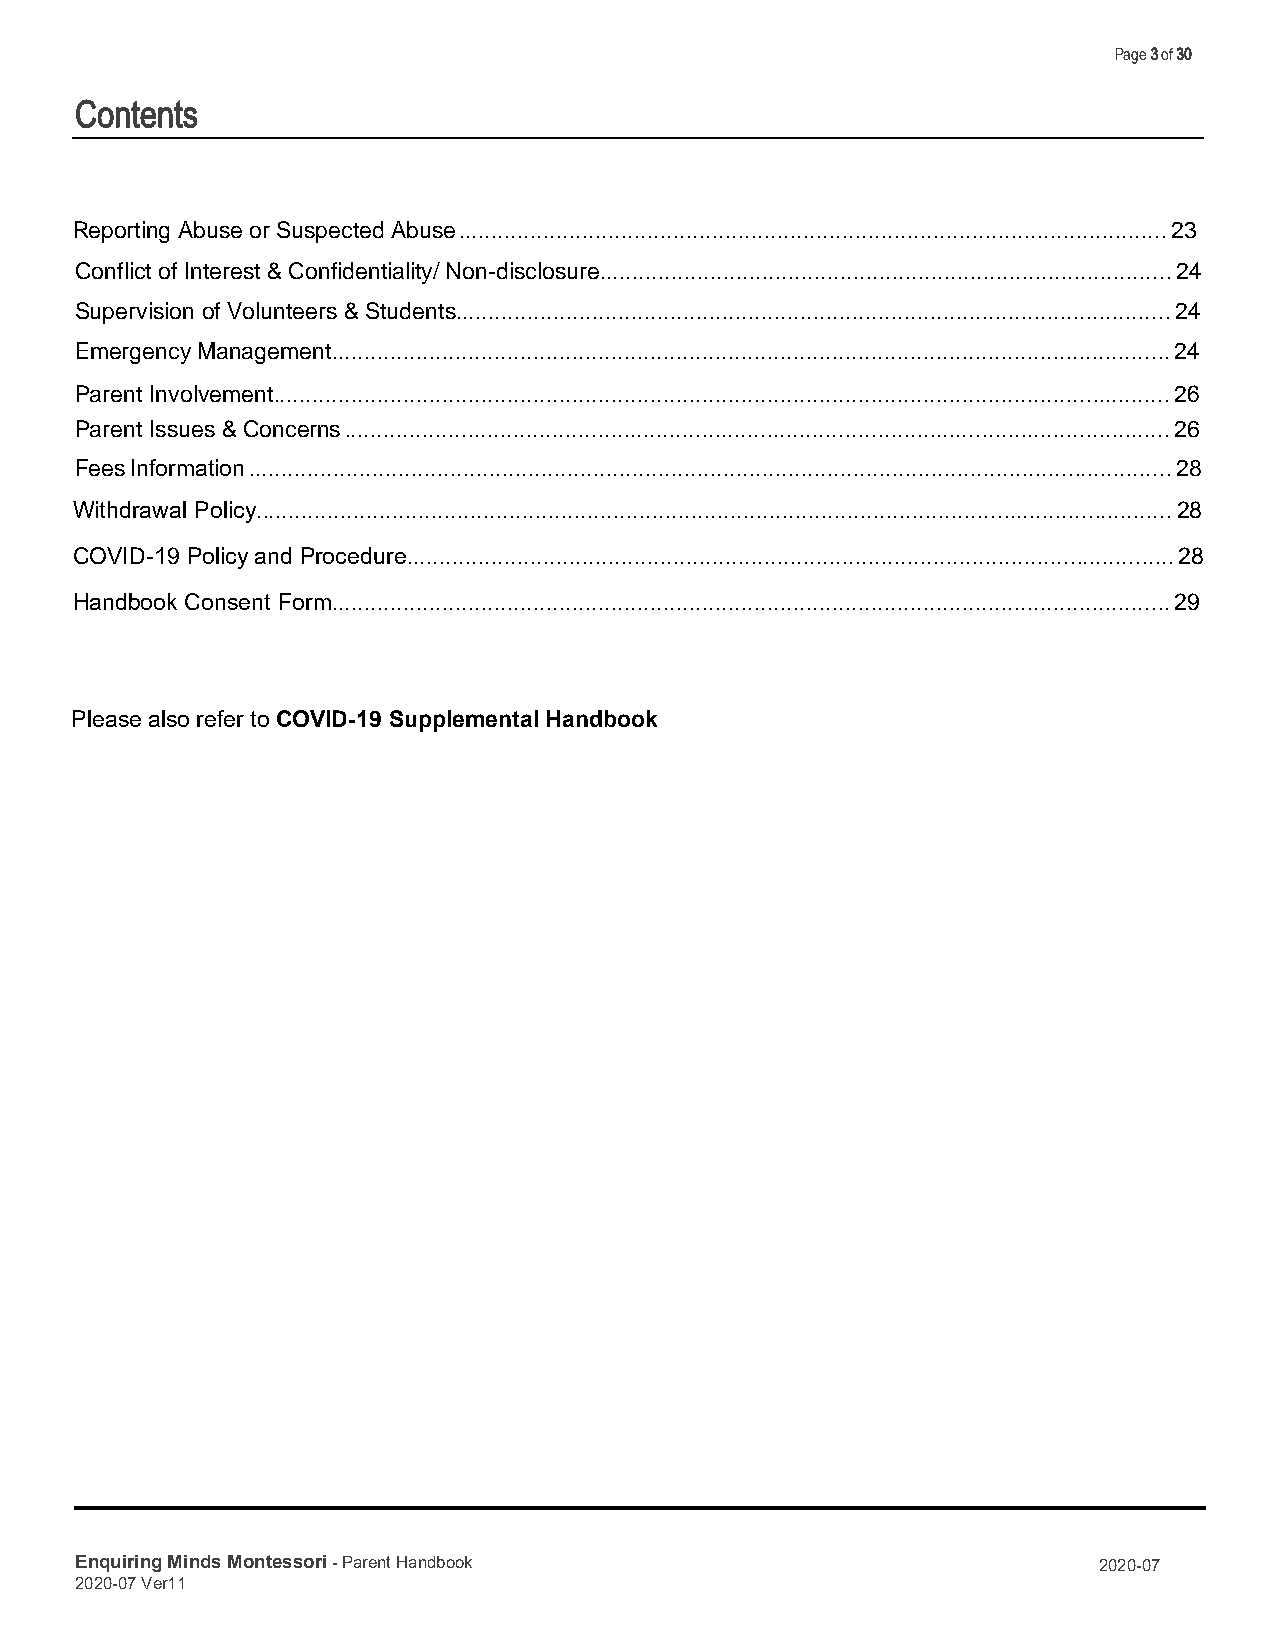
Page 3 of 30
 Contents
 Reporting Abuse or Suspected Abuse ............................................................................................................. 23
 Conflict of Interest & Confidentiality/ Non-disclosure ........................................................................................ 24
 Supervision of Volunteers & Students .............................................................................................................. 24
 Emergency Management ................................................................................................................................. 24
 Parent Involvement .......................................................................................................................................... 26
 Parent Issues & Concerns ............................................................................................................................... 26
 Fees Information .............................................................................................................................................. 28
 Withdrawal Policy............................................................................................................................................. 28
 COVID-19 Policy and Procedure...................................................................................................................... 28
 Handbook Consent Form................................................................................................................................. 29
 Please also refer to COVID-19 Supplemental Handbook
 Enquiring Minds Montessori - Parent Handbook                        2020-07
 2020-07 Ver11